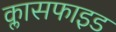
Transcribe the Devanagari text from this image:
क्लासफाइड